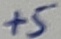
Text: +5